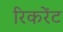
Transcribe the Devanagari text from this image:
रिकरेंट